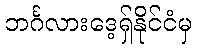
ဘင်္ဂလားဒေ့ရှ်နိုင်ငံမှ